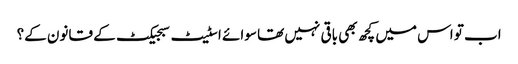
اب تو اس میں کچھ بھی باقی نہیں تھا سوائے اسٹیٹ سبجیکٹ کے قانون کے؟